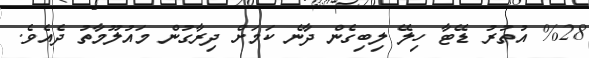
%28 އުތުރު ޑޭޓާ ހިލޭ ލިބިގެން ދާނެ ކަމަށް ދިރާގުން މައުލޫމާތު ދެއެވެ.